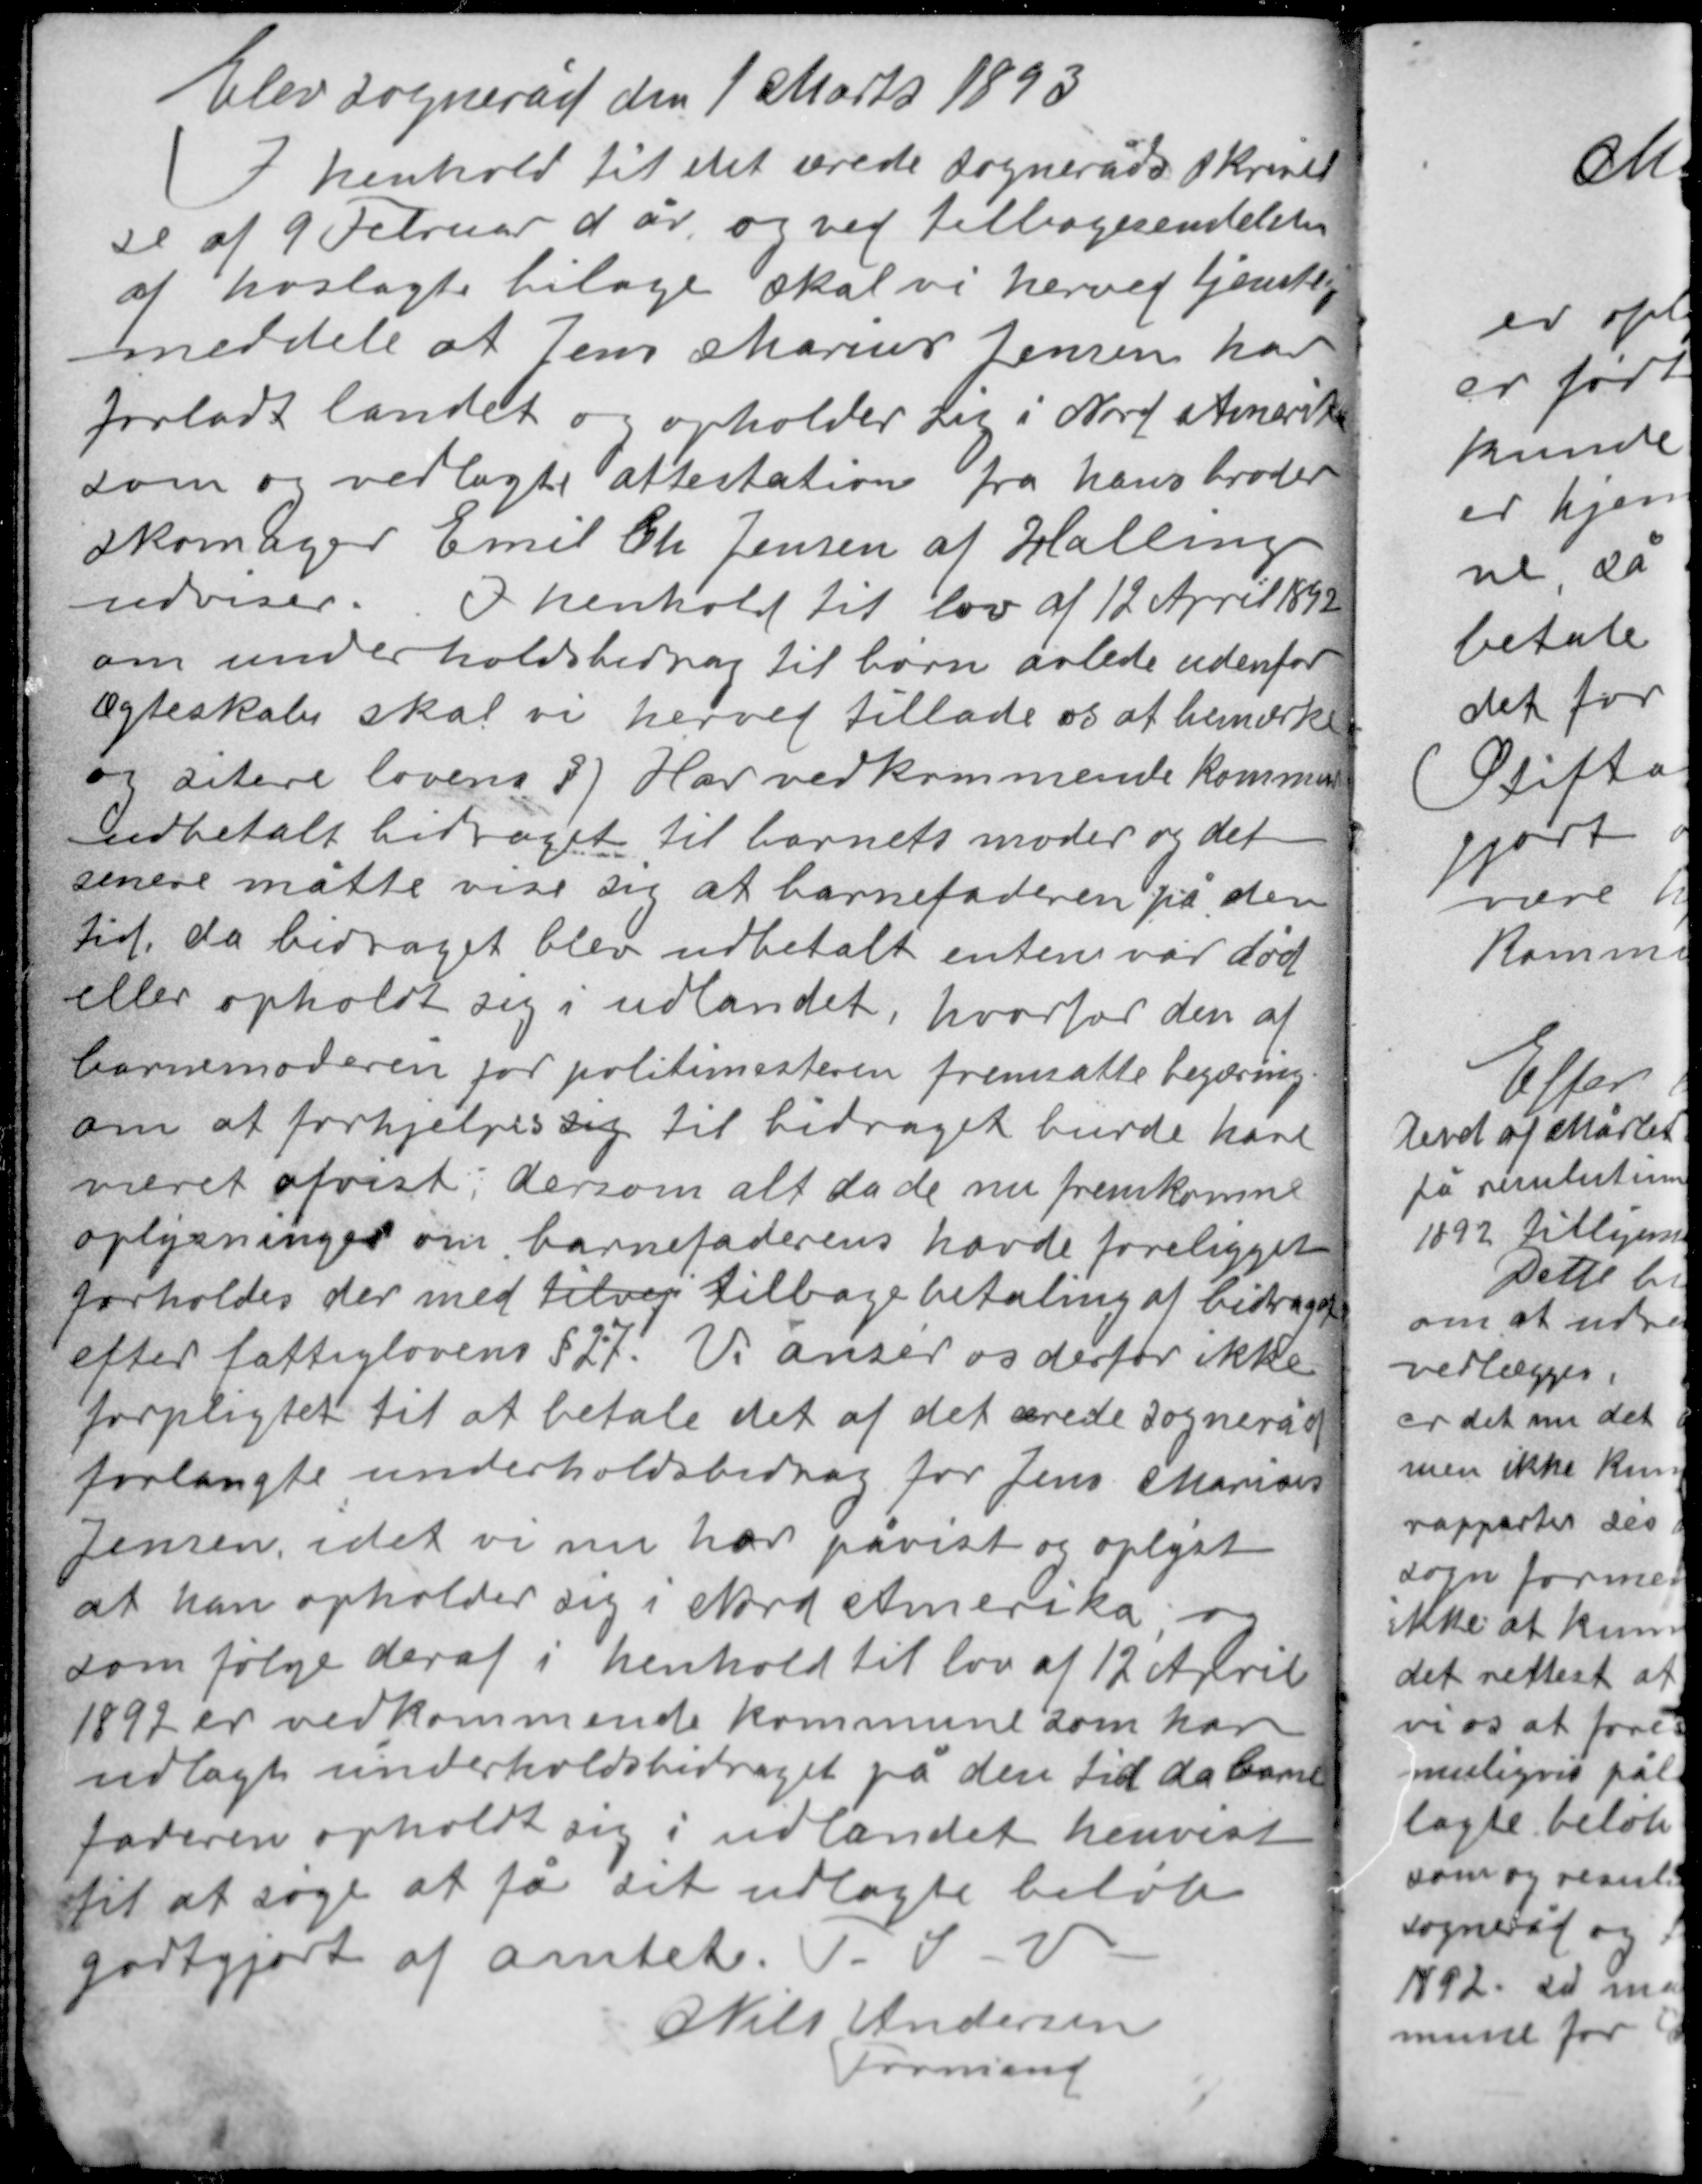
Transskription:
Elev sogneråd den 1 Marts 1893
I henhold til det ærede sogneråds skrivel-
se af 9 Februar d år og ved tilbagesendelsen
af hoslagte bilage skal vi herved tjenstlig
meddele at Jens Marius Jensen har
forladt landet og opholder sig i Nord Amerika
som og vedlagte attestation fra hans broder
skomager Emil Ch Jensen af Halling
udviser. I henhold til lov af 12 April 1892
om underholdsbidrag til børn avlede udenfor
ægteskab skal vi herved tillade os at bemærke

og sitere lovens §  Har vedkommende kommune
udbetalt bidraget til barnets moder og det
senere måtte vise sig at barnefaderen på den
tid, da bidraget blev ubetalt enten var død
eller opholdt sig i udlandet, hvorfor den af
barnemoderen for politimesteren fremsatte begæring
om at forhjælpes sig til bidraget burde have
været afvist, dersom alt da de nu fremkomne
oplysninger om barnefaderens havde foreligget
forholdes der med tilvej tilbagebetaling af bidraget
efter fattiglovens § 27. Vi anser os derfor ikke
forpligtet til at betale det af det ærede sogneråd
forlangte underholdsbidrag for Jens Marius

Jensen idet vi nu har påvist og oplyst
at han opholder sig i Nord Amerika, og
som følge deraf i henhold til lov af 12 April
1892 er vedkommende kommune som har
udlagt underholdsbidraget på den tid da barne-
faderen opholdt sig i udlandet henvist
til at søge at få sit udlagte beløb
godtgjort af amtet. P. S. V.
Niels Andersen
Formand